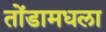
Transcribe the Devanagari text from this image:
तोंडामधला